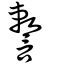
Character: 𧫷